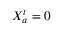
X _ { a } ^ { t } = 0